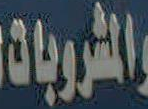
والمشروبات